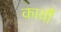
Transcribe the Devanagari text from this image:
कार्यौ